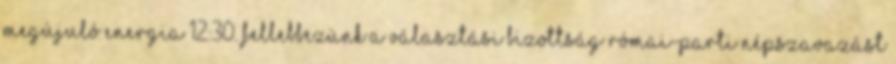
megújuló energia 12:30. Fellebbezünk a választási bizottság Római-parti népszavazást